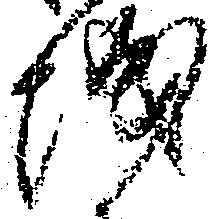
城